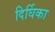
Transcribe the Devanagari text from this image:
दिर्घिका